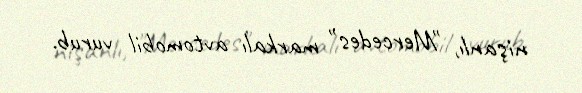
nişanlı, "Mercedes" markalı avtomobil vurub.